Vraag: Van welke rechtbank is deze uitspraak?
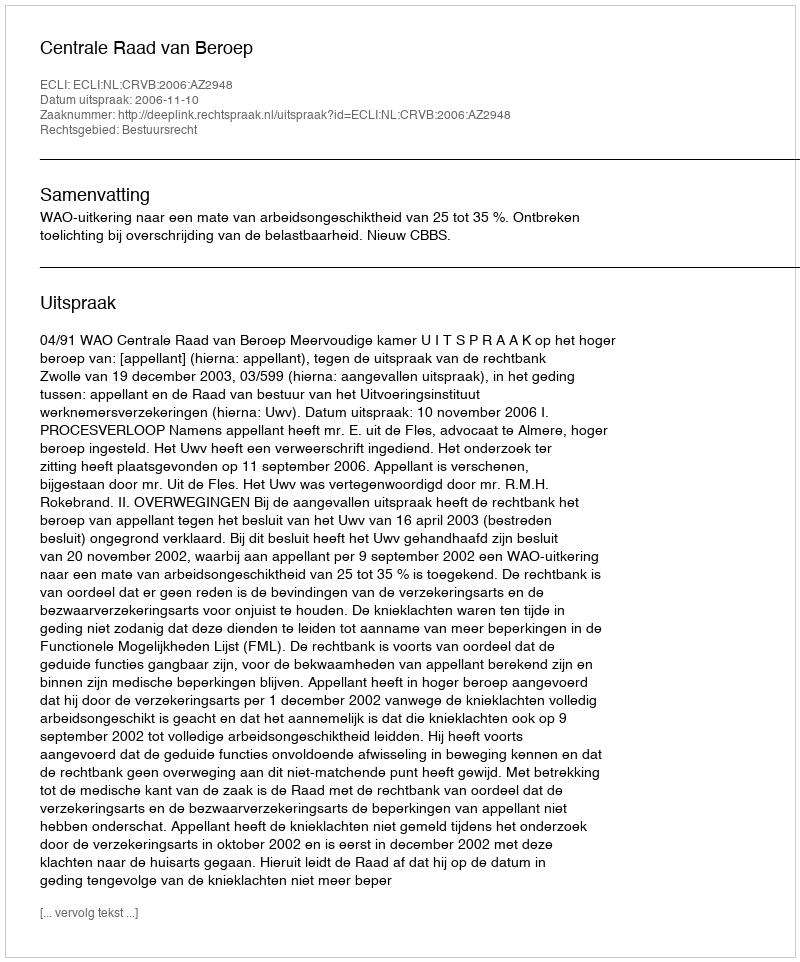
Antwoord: Centrale Raad van Beroep